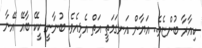
ކިއާރާ ބުންޏެވެ.. އަޔާން އަނގަމަތީ އަތް އެޅިއެވެ. ބުނާނީ ކީކޭ ބާއޭ އޭނާ